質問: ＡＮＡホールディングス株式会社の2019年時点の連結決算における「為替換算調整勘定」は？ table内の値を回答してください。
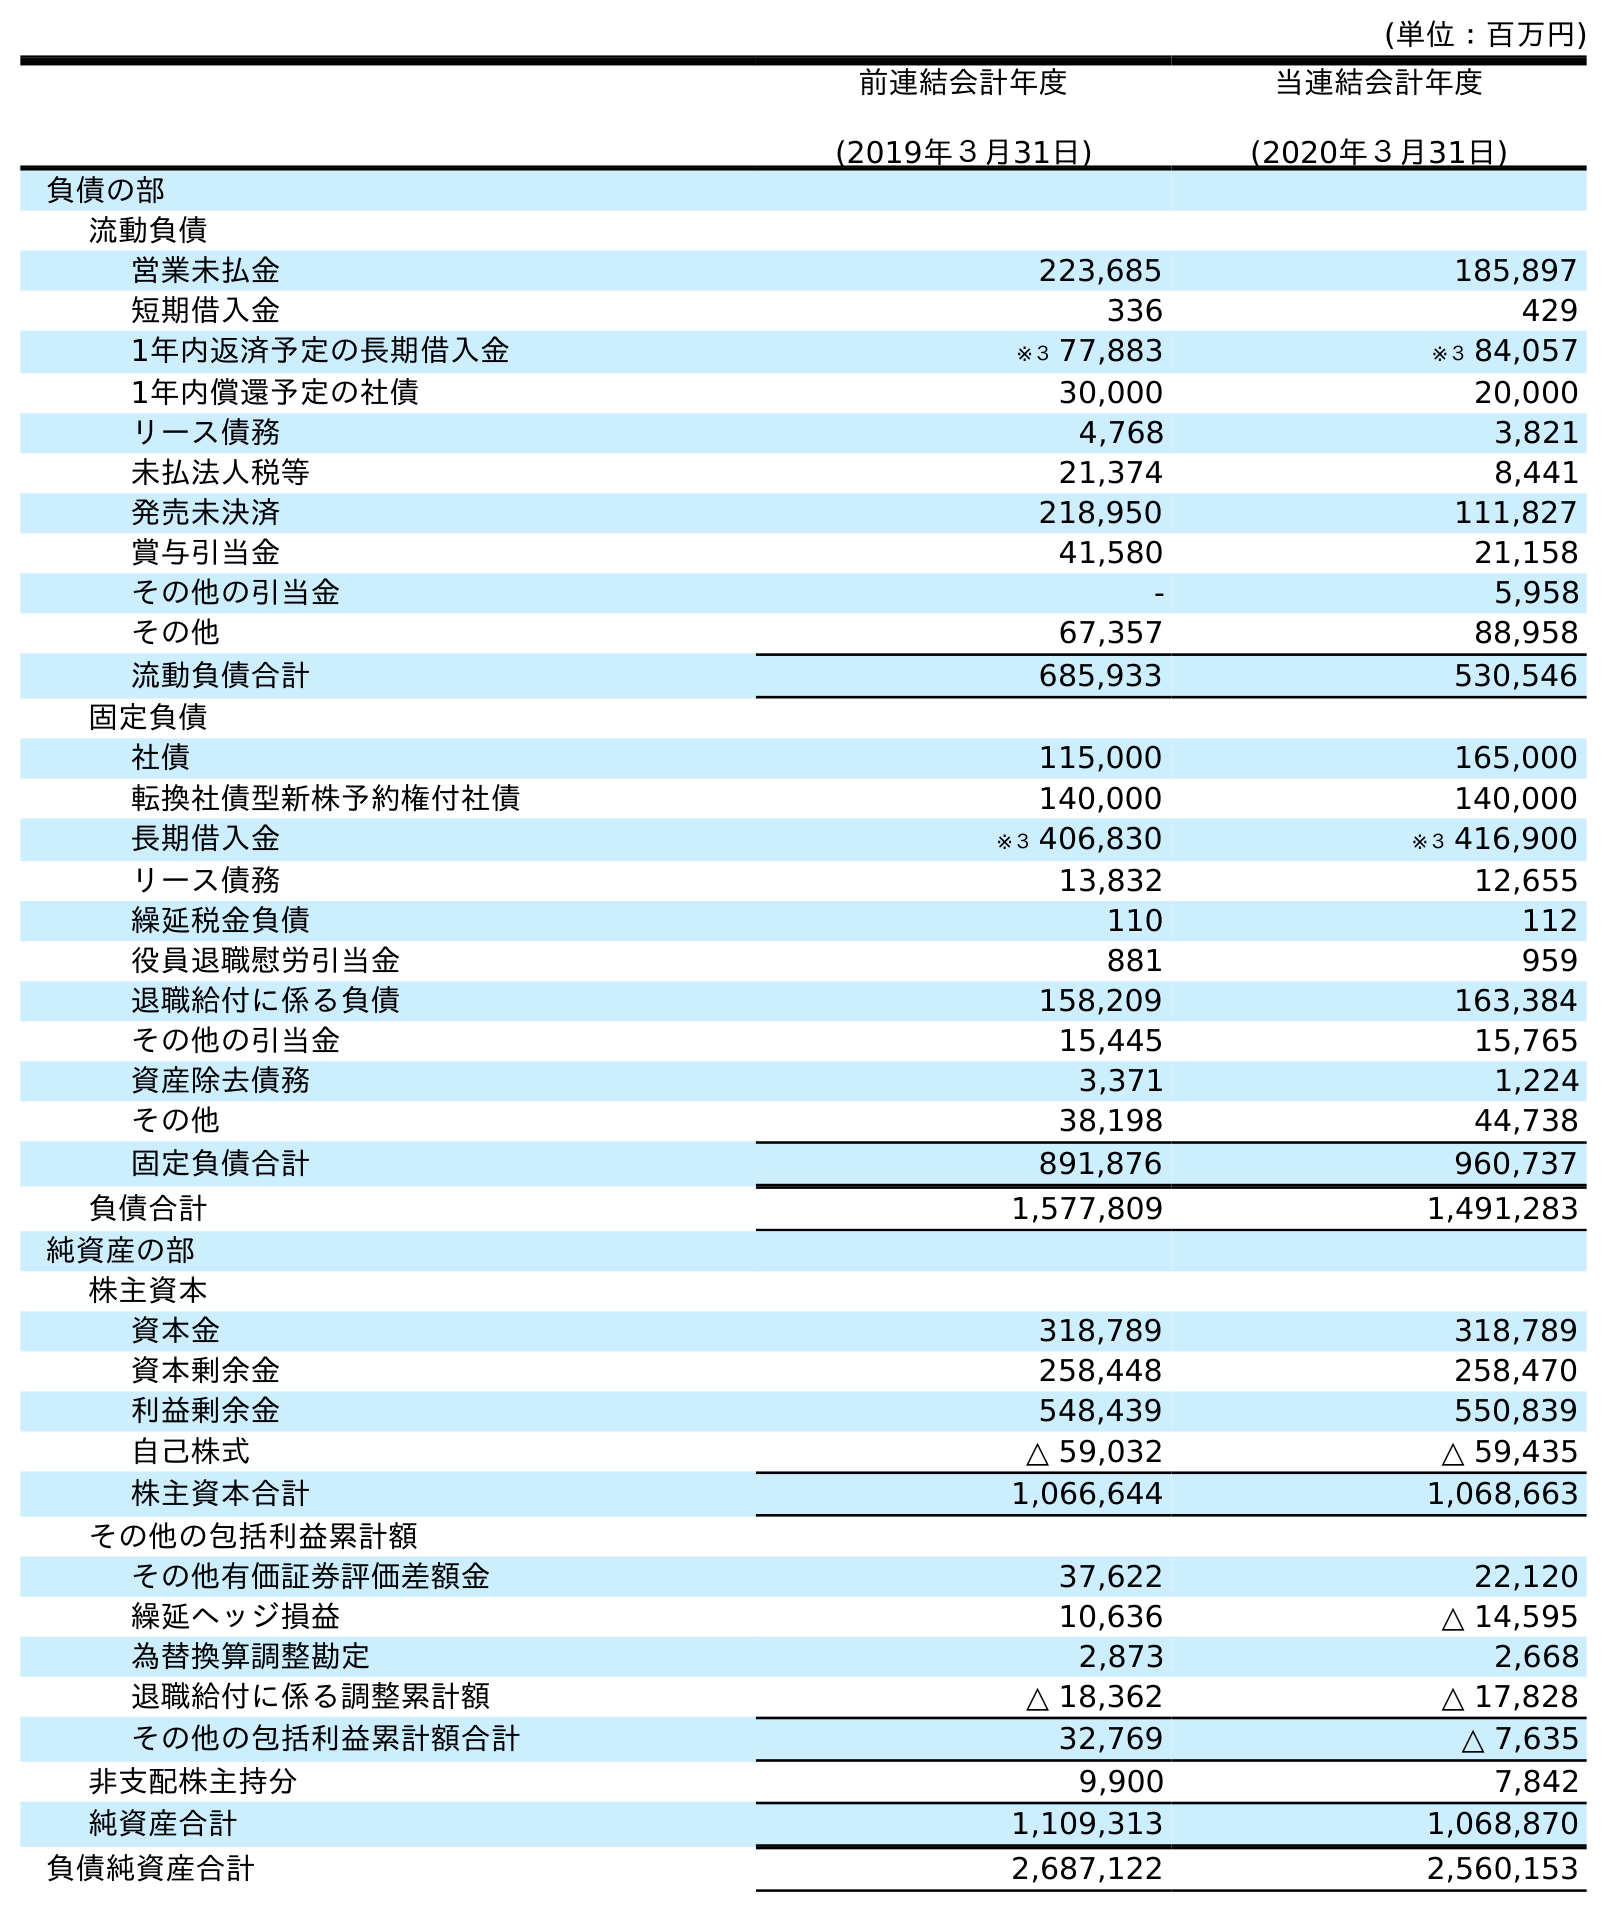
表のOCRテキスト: (単位：百万円) 前連結会計年度 (2019年３月31日) 当連結会計年度 (2020年３月31日) 負債の部 流動負債 営業未払金 223,685 185,897 短期借入金 336 429 1年内返済予定の長期借入金 ※３ 77,883 ※３ 84,057 1年内償還予定の社債 30,000 20,000 リース債務 4,768 3,821 未払法人税等 21,374 8,441 発売未決済 218,950 111,827 賞与引当金 41,580 21,158 その他の引当金 - 5,958 その他 67,357 88,958 流動負債合計 685,933 530,546 固定負債 社債 115,000 165,000 転換社債型新株予約権付社債 140,000 140,000 長期借入金 ※３ 406,830 ※３ 416,900 リース債務 13,832 12,655 繰延税金負債 110 112 役員退職慰労引当金 881 959 退職給付に係る負債 158,209 163,384 その他の引当金 15,445 15,765 資産除去債務 3,371 1,224 その他 38,198 44,738 固定負債合計 891,876 960,737 負債合計 1,577,809 1,491,283 純資産の部 株主資本 資本金 318,789 318,789 資本剰余金 258,448 258,470 利益剰余金 548,439 550,839 自己株式 △ 59,032 △ 59,435 株主資本合計 1,066,644 1,068,663 その他の包括利益累計額 その他有価証券評価差額金 37,622 22,120 繰延ヘッジ損益 10,636 △ 14,595 為替換算調整勘定 2,873 2,668 退職給付に係る調整累計額 △ 18,362 △ 17,828 その他の包括利益累計額合計 32,769 △ 7,635 非支配株主持分 9,900 7,842 純資産合計 1,109,313 1,068,870 負債純資産合計 2,687,122 2,560,153
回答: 2,873